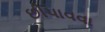
છીપાવવા